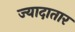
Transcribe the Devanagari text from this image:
ज्‍यादातार